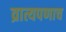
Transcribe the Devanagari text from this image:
व्रात्यपणाच